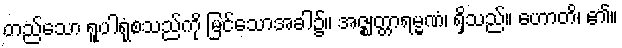
တည်သော ရူပါရုံစသည်ကို မြင်သောအခါ၌။ အဇ္ဈတ္တာရမ္မဏံ၊ ရှိသည်။ ဟောတိ၊ ၏။